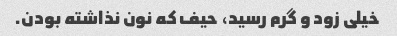
خیلی زود و گرم رسید، حیف که نون نذاشته بودن.